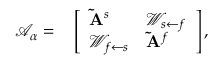
\begin{array} { r l } { \mathcal { A } _ { \alpha } = } & { { } \left[ \begin{array} { l l } { \mathbf { \tilde { A } } ^ { s } } & { \mathcal { W } _ { s \leftarrow f } } \\ { \mathcal { W } _ { f \leftarrow s } } & { \mathbf { \tilde { A } } ^ { f } } \end{array} \right] , } \end{array}